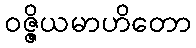
ဝဇ္ဇိယမာဟိတော